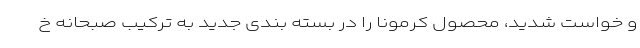
و خواست شدید، محصول کرمونا را در بسته بندی جدید به ترکیب صبحانه خ